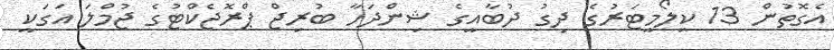
އެގޮތުން 13 ކިލޯމީޓަރުގެ ދިގު ދުބާއީގެ ޝިންދަހާ ބުރިޖް ޕްރޮޖެކްޓުގެ ޖުމްލަ އަގަކީ